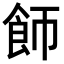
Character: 𬲌